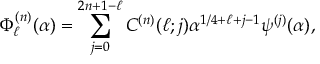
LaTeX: \Phi _ { \ell } ^ { ( n ) } ( \alpha ) = \sum _ { j = 0 } ^ { 2 n + 1 - \ell } C ^ { ( n ) } ( \ell ; j ) \alpha ^ { 1 / 4 + \ell + j - 1 } \psi ^ { ( j ) } ( \alpha ) ,